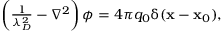
\begin{array} { r } { \left( \frac { 1 } { \lambda _ { D } ^ { 2 } } - \nabla ^ { 2 } \right) \phi = 4 \pi q _ { 0 } \updelta ( \mathbf { x } - \mathbf { x } _ { 0 } ) , } \end{array}